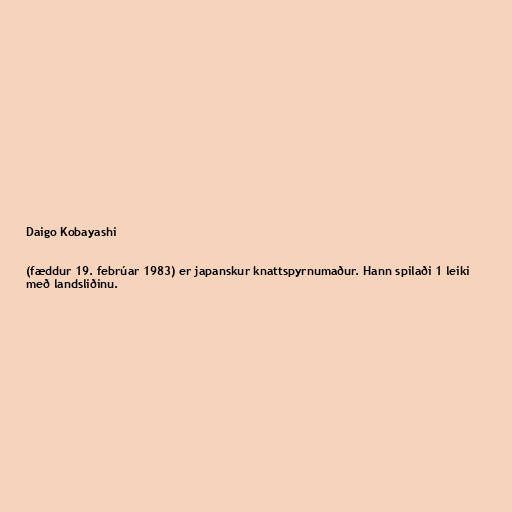
Daigo Kobayashi

(fæddur 19. febrúar 1983) er japanskur knattspyrnumaður. Hann spilaði 1 leiki
með landsliðinu.